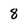
Character: 8